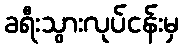
ခရီးသွားလုပ်ငန်းမှ